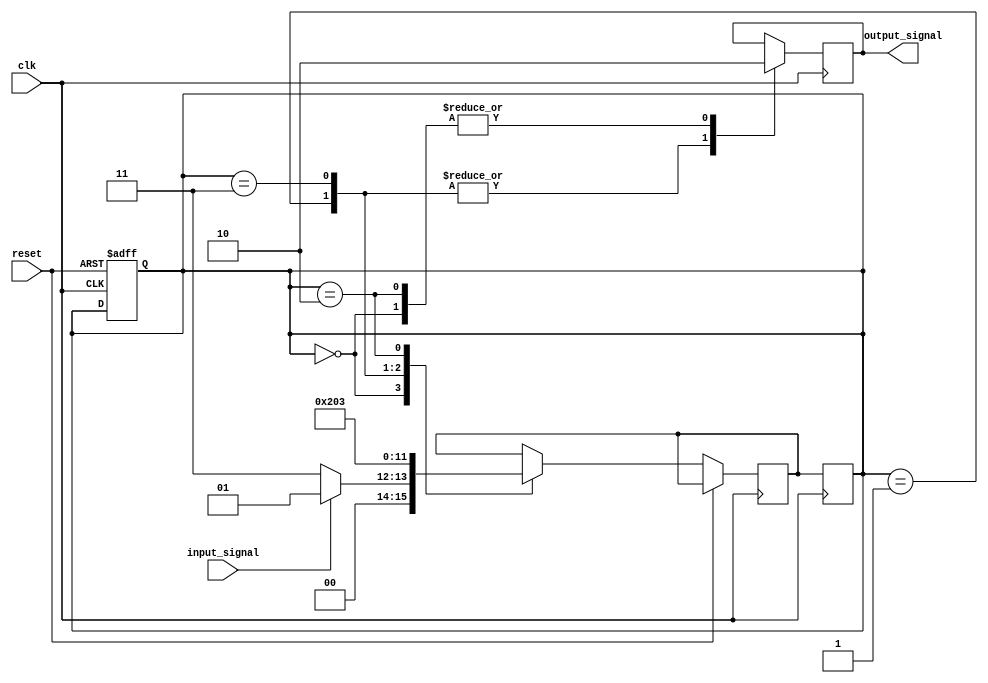
module state_machine (
    input wire clk,
    input wire reset,
    input wire input_signal,
    output reg output_signal
);

parameter STATE_0 = 4'b0000; // Define the Gray code values for each state
parameter STATE_1 = 4'b0001;
parameter STATE_2 = 4'b0011;
parameter STATE_3 = 4'b0010;

reg [3:0] current_state, next_state;

always @(posedge clk or posedge reset) begin
    if (reset) begin // Reset to initial state
        current_state <= STATE_0;
    end else begin
        case (current_state)
            STATE_0: begin
                if (input_signal) begin
                    next_state <= STATE_1;
                end else begin
                    next_state <= STATE_2;
                end
            end
            STATE_1: begin
                next_state <= STATE_3;
            end
            STATE_2: begin
                next_state <= STATE_0;
            end
            STATE_3: begin
                next_state <= STATE_2;
            end
        endcase
    end
end

always @(posedge clk) begin
    current_state <= next_state;
end

always @(posedge clk) begin
    case (current_state)
        STATE_0: output_signal <= 1'b0; // Define output signals based on current state
        STATE_1: output_signal <= 1'b1;
        STATE_2: output_signal <= 1'b1;
        STATE_3: output_signal <= 1'b0;
    endcase
end

endmodule